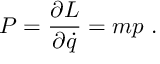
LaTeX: P = { \frac { \partial L } { \partial { \dot { q } } } } = m p \; .